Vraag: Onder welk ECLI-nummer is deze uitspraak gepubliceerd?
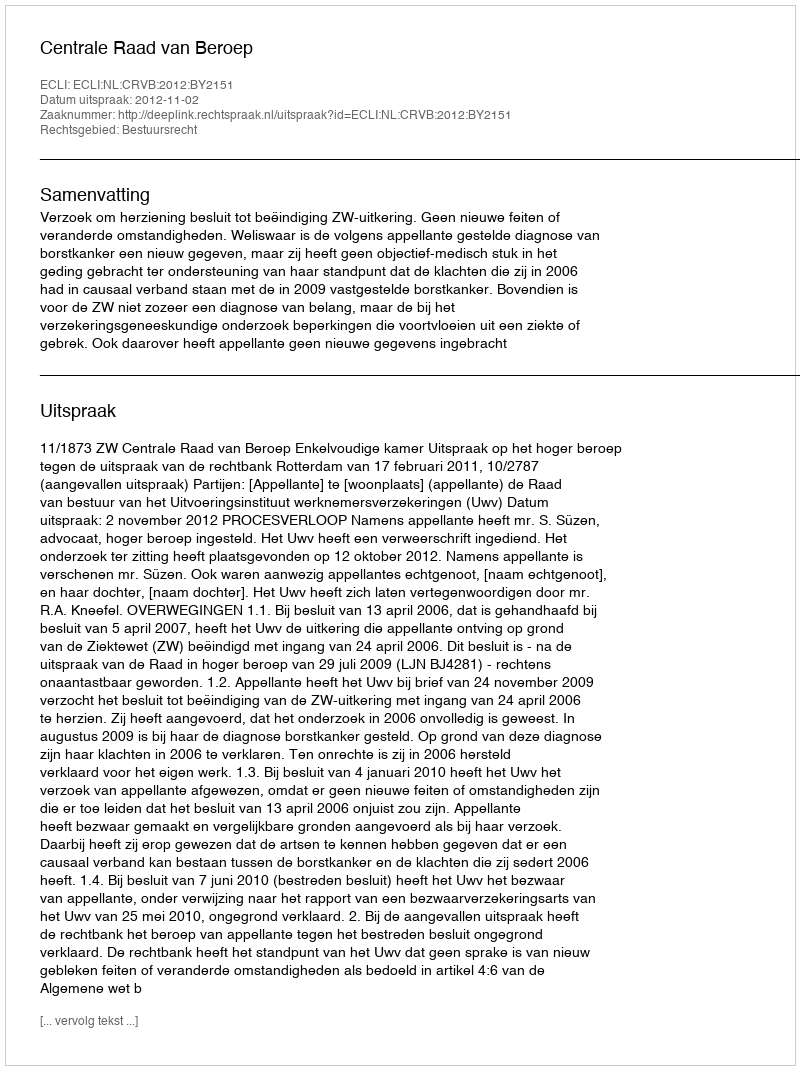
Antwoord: ECLI:NL:CRVB:2012:BY2151